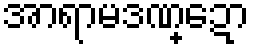
အာရာမဒဏ္ဍော